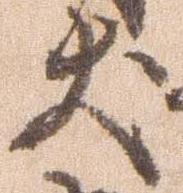
犬